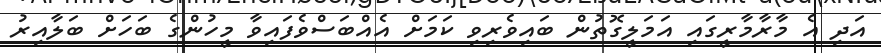
އަދި އެ މާރާމާރީގައި އަމަލީގޮތުން ބައިވެރިވި ކަމަށް އެއްބަސްވެފައިވާ މީހުންގެ ބަހަށް ބަލާއިރު